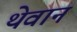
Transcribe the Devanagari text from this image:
थेवान